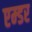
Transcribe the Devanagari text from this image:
एम्डर